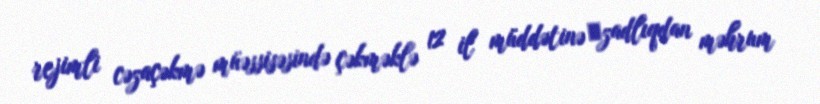
rejimli cəzaçəkmə müəssisəsində çəkməklə 12 il müddətinə аzadlıqdan məhrum